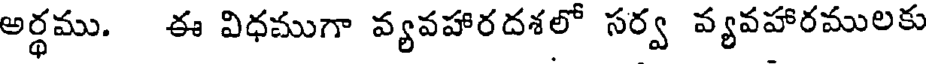
అర్థము. ఈ విధముగా వ్యవహారదశలో సర్వ వ్యవహారములకు